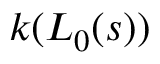
k ( L _ { 0 } ( s ) )